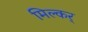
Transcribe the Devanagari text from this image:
मिल्कर्